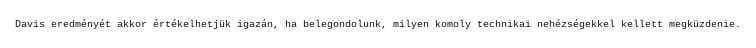
Davis eredményét akkor értékelhetjük igazán, ha belegondolunk, milyen komoly technikai nehézségekkel kellett megküzdenie.